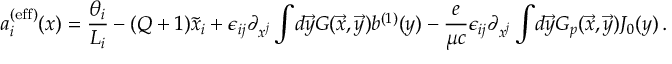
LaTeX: a _ { i } ^ { ( \mathrm { e f f } ) } ( x ) = { \frac { \theta _ { i } } { L _ { i } } } - ( Q + 1 ) \tilde { x } _ { i } + \epsilon _ { i j } \partial _ { x ^ { j } } \int \! d \vec { y } G ( \vec { x } , \vec { y } ) b ^ { ( 1 ) } ( y ) - { \frac { e } { \mu c } } \epsilon _ { i j } \partial _ { x ^ { j } } \int \! d \vec { y } G _ { p } ( \vec { x } , \vec { y } ) J _ { 0 } ( y ) \, .